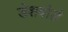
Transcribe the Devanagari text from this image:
डेशबोर्ड